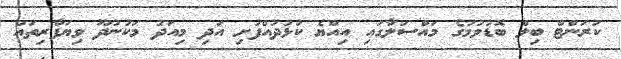
ކަރަންޓް ބިލް ބޮޑުވުމުގެ މައްސަލާގައި އިއްޔެ ކުޅުދުއްފުށި އަދި މިއަދު މަކުނުދޫ ވިޔަފާރިތައް